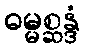
ဓမ္မစ္ဆန္ဒံ